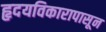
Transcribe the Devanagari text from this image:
हृदयविकारापासून